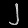
Digit: ၂